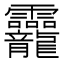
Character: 龗